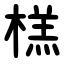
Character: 榚